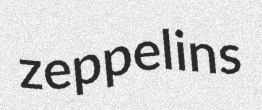
zeppelins